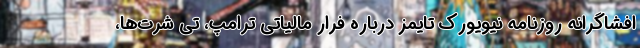
افشاگرانه روزنامه نیویورک تایمز درباره فرار مالیاتی ترامپ، تی شرت‌ها،